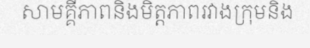
សាមគ្គីភាពនិងមិត្តភាពរវាងក្រុមនិង